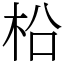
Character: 柗